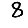
Digit: 8